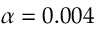
\alpha = 0 . 0 0 4